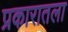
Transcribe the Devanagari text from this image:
प्रकारातला